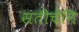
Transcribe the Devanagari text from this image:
सतीचेनि